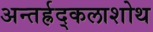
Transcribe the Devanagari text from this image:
अन्तर्ह्रद्कलाशोथ